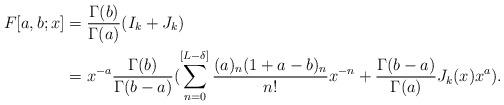
LaTeX: \begin{align*}F[a,b;x] &= \frac{\Gamma (b)}{\Gamma (a)}(I_k + J_k) \\&= x^{-a} \frac{\Gamma(b)}{\Gamma(b-a)}(\sum_{n=0}^{[L-\delta]} \frac{(a)_n(1+a-b)_n}{n!} x^{-n} + \frac{\Gamma(b-a)}{\Gamma(a)}J_k(x)x^a).\end{align*}